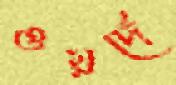
ওয়র্দে